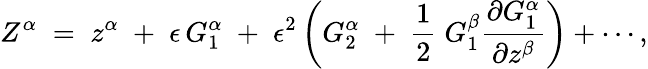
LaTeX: Z^{\alpha}\; =\; z^{\alpha}\; +\; \epsilon\, G_{1}^{\alpha}\; +\; \epsilon^{2}\left(G_{2}^{\alpha}\; +\; \frac{1}{2}\; G_{1}^{\beta}\frac{\partial G_{1}^{\alpha}}{\partial z^{\beta}}\right)+\cdots,